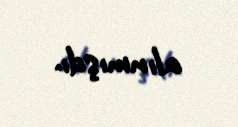
alınmışdı.